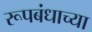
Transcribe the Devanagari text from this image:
रूपबंधाच्या